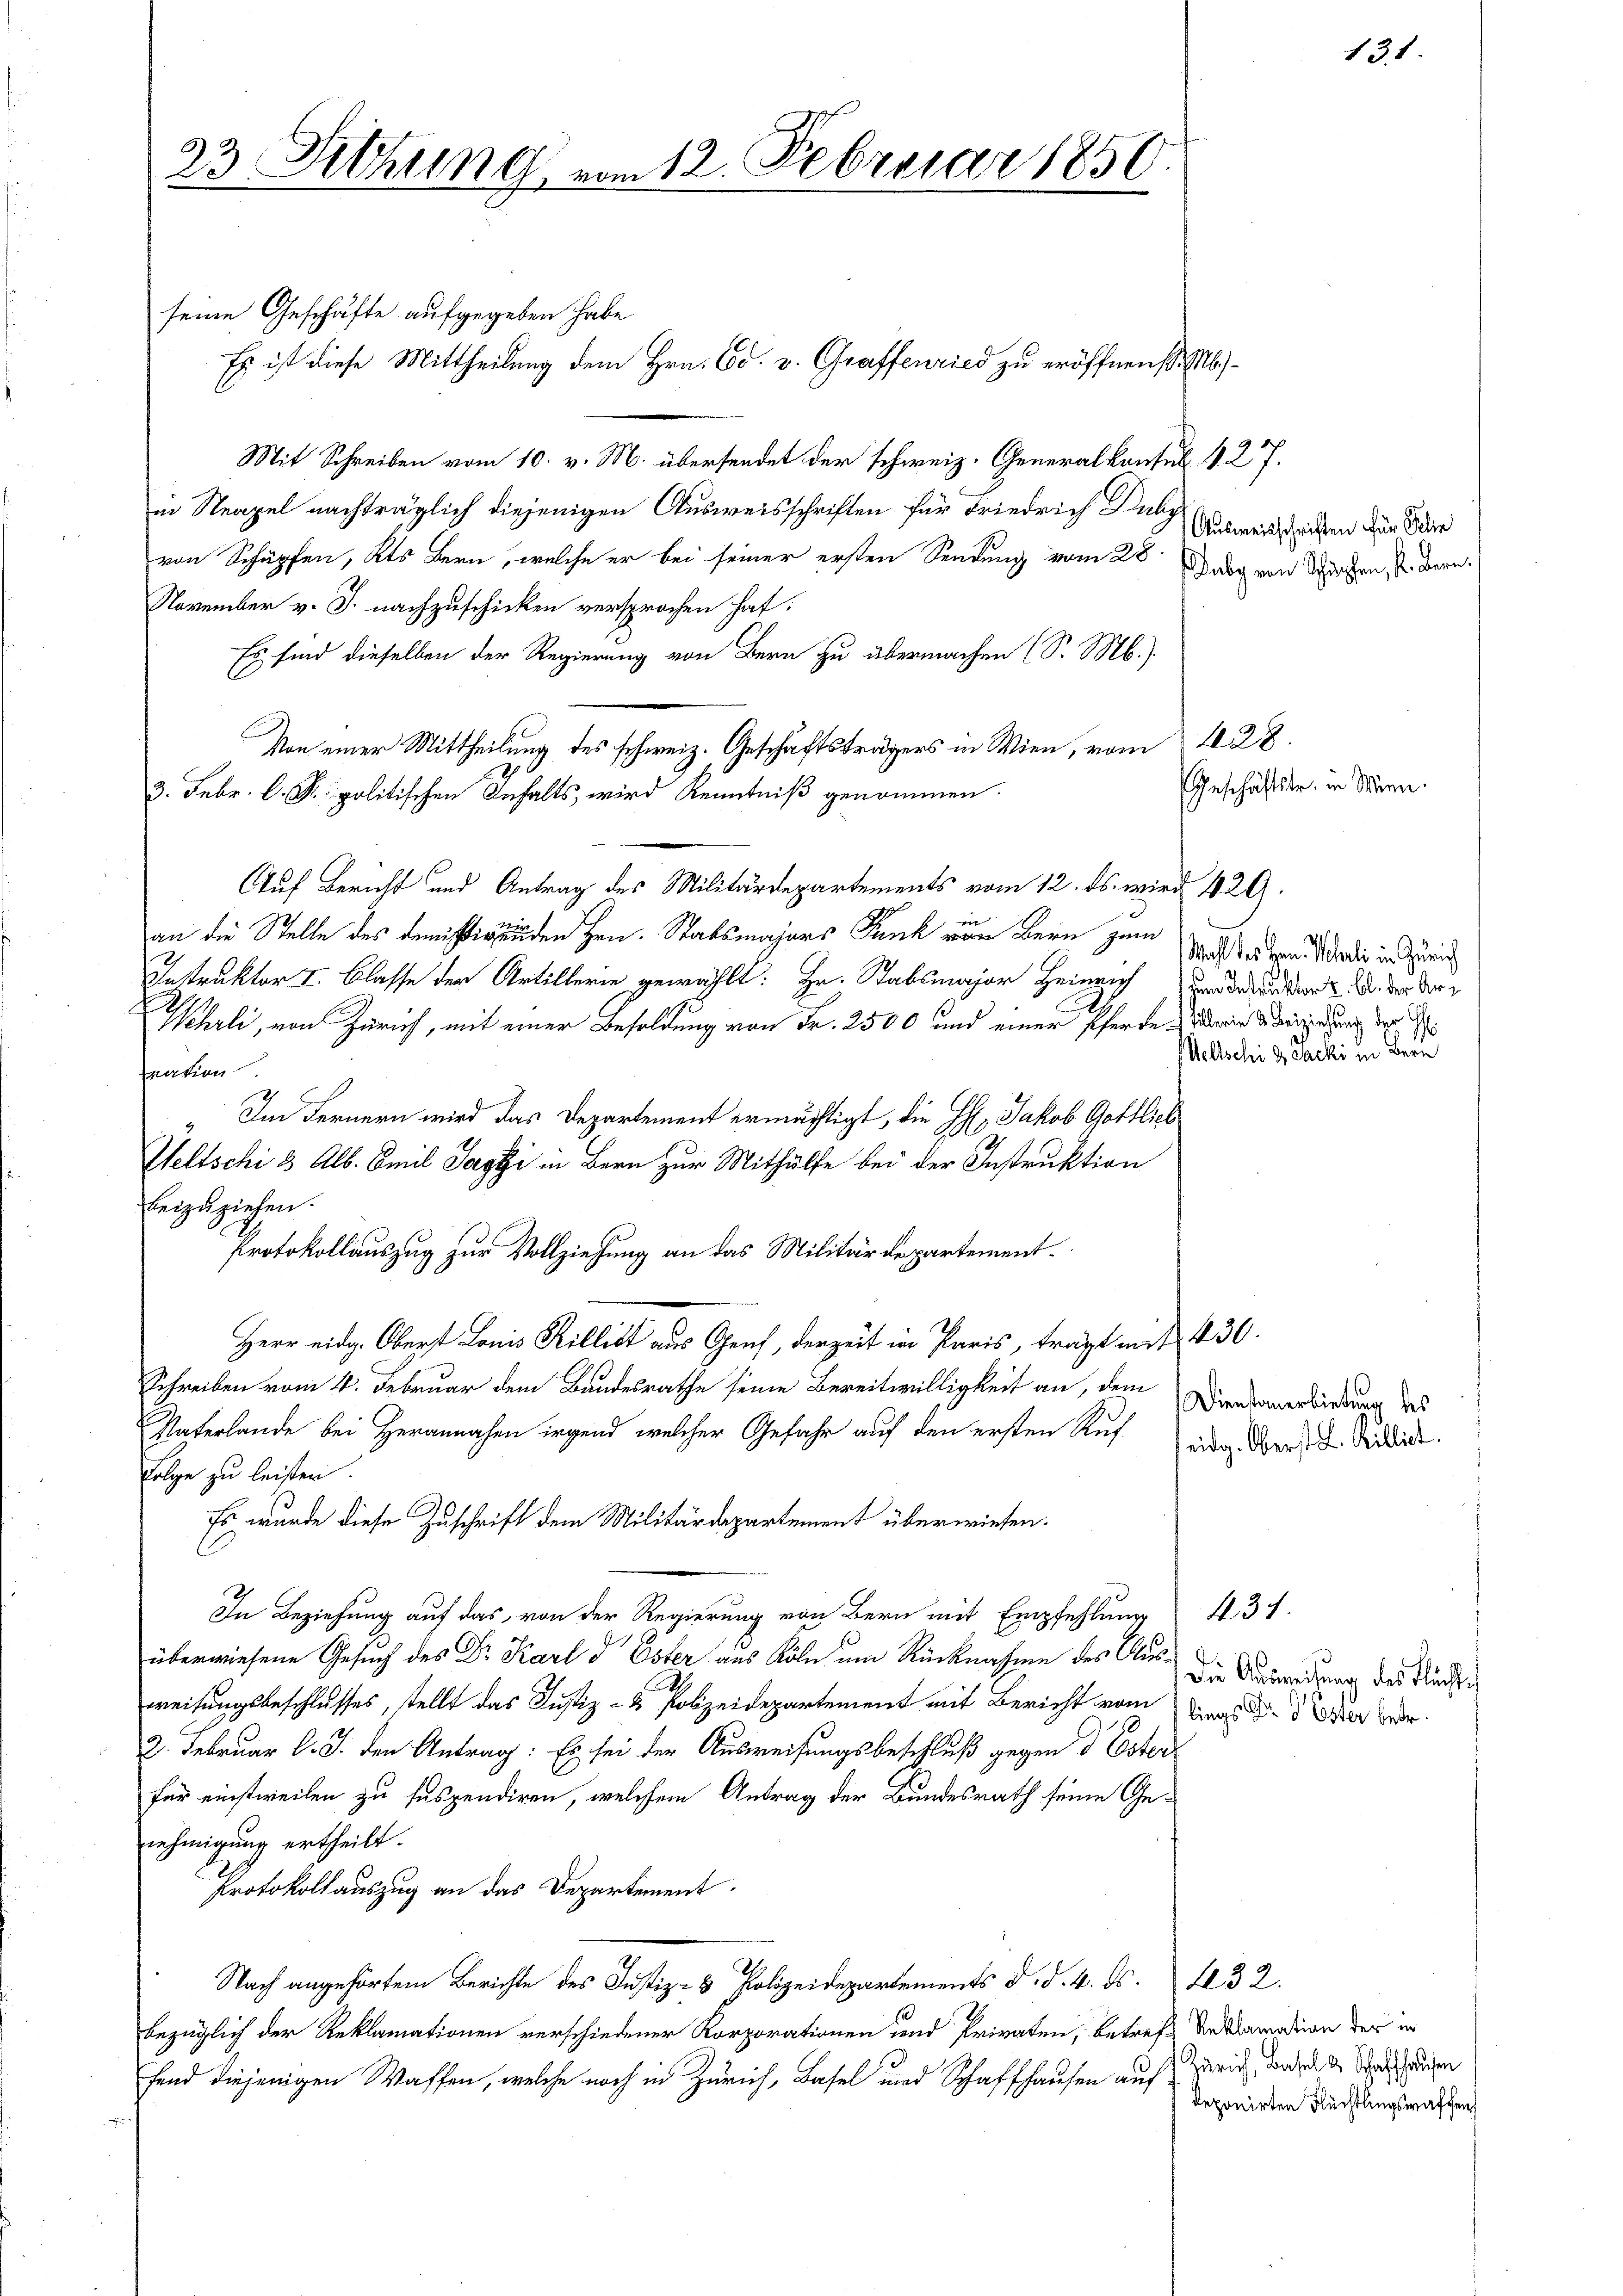
seine Geschäfte aufgegeben habe
Es ist diese Mittheilung dem Hrn. Ed. v. Graffenried zu eröffnen (S. 6
Mit Schreiben vom 10. v. M. übersendet der schweiz. Generalkonsul 427.
in Neapel nachträglich diejenigen Ausweisschriften für Friedrich Duby
von Schüpfen, Kts Bern, welche er bei seiner ersten Sendung vom 28. Darg von Schen, s. Bern.
November v. J. nachzuschicken versprochen hat.
Es sind dieselben der Regierung von Bern zu übermachen (S. M.)
Von einer Mittheilung des schweiz. Geschäftsträgers in Wien, vom 10. 28.
3. Febr. l. Fr. politischen Inhalts, wird Kenntniß genommen.
Auf Bericht und Antrag des Militärdepartements vom 12. ds. wird 429.
an die Stelle des demsigenden Hrn. Stabsmajors Funk von Bern zum
Instruktor I. Classe der Artillerie gewählt: Hr. Stabsmajor Heinrich Brodekunden 2. d. der Ver¬
Wehrli, von Zürich, mit einer Besoldung von Fr. 2500 und einer Pferde die Audierung der E
seation
Im Fernern wird das Departement ermächtigt, die H. Jakob Gottlieb
Weltschi 3 Alb. Emil Jagti in Bern zur Mithülfe bei der Instruktion
beizuziehen.
Protokollauszug zur Vollziehung an das Militärdepartement.
Herr eidg. Oberst Louis Killist aus Genf, derzeit in Paris, trägt mit 430.
Schreiben vom 4. Februar dem Bundesrathe seine Bereitwilligkeit an, dem Diensauerbindung des
Vaterlande bei Herannahen irgend welcher Gefahr auf den ersten Aufing. Der Seidet.
Folge zu leister.
Es wurde diese Zuschrift dem Militärdepartement überwiesen.
In Beziehung auf das, von der Regierung von Bern mit Empfehlung 431.
überwiesene Gesuch des Dr. Karl d Ester aus Köln um Rücknahme des Aus die Auswedung des Rechte
d
weisungsbeschlusses, stellt das Justiz- & Polizeidepartement mit Bericht vom g. d. der Herr
2. Februar l. J. den Antrag: Es sei der Ausweisungsbeschluß gegen d Esterfür einstweilen zu suspendiren, welchem Antrag der Bundesrath seine Genehmigung ertheilt.
Protokollauszug an das Departement.
Nach angehörten Berichte des Justiz- & Polizeidepartements d. d. 4. ds. 32.
bezüglich der Reklamationen verschiedener Korporationen und Privaten, betreff Anklamation der in
fend diejenigen Waffen, welche noch in Zürich, Basel und Schaffhausen auf

23 Sitzung vom 12. Februar 1850.

Ausweisschriften für Jelie

Geschäftstr. in Wien.

Mahl des Hrn. Mehrli in Zürich
Vellschi 9 Packi in Bern

21.

Zürich, Basel & Schaffhausen
deponirten Flüchtungswaffen